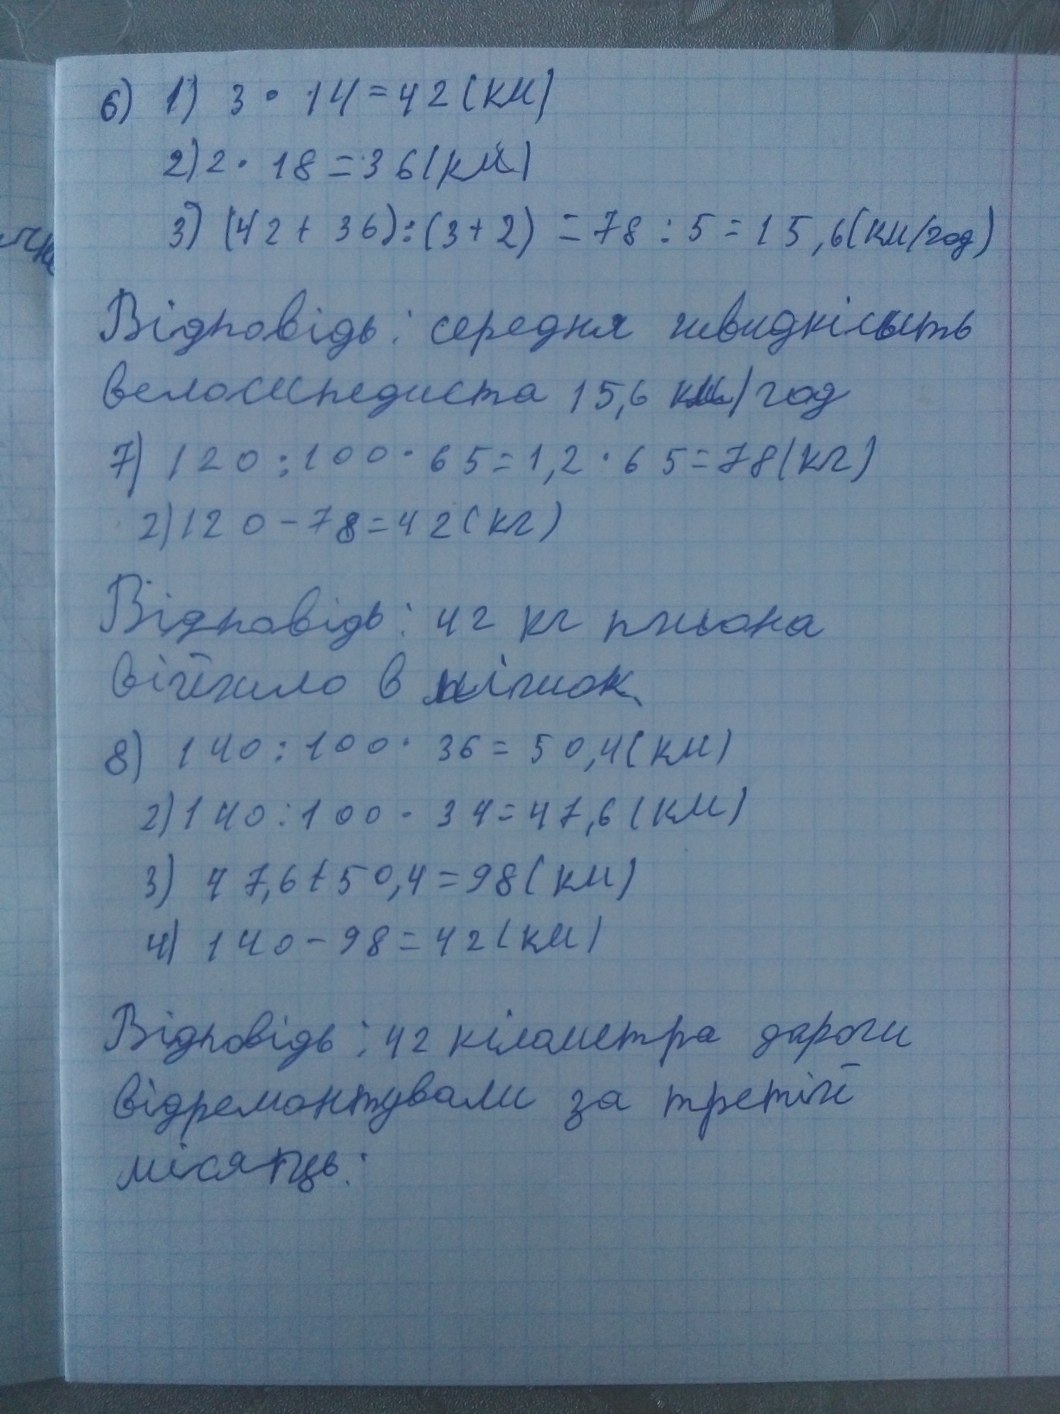
6) 1) 3 * 14 = 42 (км)
2) 2 · 18 = 36 (km)
3) (42 + 36) : (3 + 2) = 78 : 5 = 15,6 (км/год)
Відповідь: середня швидкість
велосипедиста 15,6 км/год
7) 120 : 100 · 65 = 1,2 · 65 = 78 (kg)
2) 120 - 78 = 42 (кг)
Відповідь: 42 кг пшона
війшло в мішок
8) 140 : 100 · 36 = 50,4 (км)
2) 140 : 100 · 34 = 47,6 ( км )
3) 47,6 + 50,4 = 98 (км)
4) 140 - 98 = 42 (км)
Відповідь: 42 кілометра дороги
відремонтували за третій
місяць;